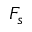
F _ { s }